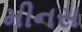
મીનસ